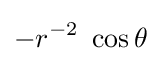
-r^{-2}~\cos \theta